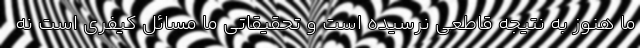
ما هنوز به نتیجه قاطعی نرسیده است و تحقیقاتی ما مسائل کیفری است نه